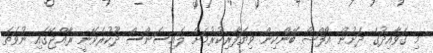
މި ގަވާއިދުގެ ދަށުން އޯފްޝޯ ބޭންކިން ވިޔަފާރިކުރުމަށް ލައިސަންސް ދޫކުރެވޭނީ ރާއްޖޭގައި ނުވަތަ